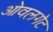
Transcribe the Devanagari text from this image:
ओवलगेट